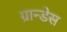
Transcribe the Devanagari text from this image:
ग्रान्डेस